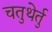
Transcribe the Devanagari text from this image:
चतुथेर्तु